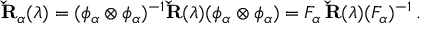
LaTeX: { \bf \check { R } } _ { \alpha } ( \lambda ) = ( \phi _ { \alpha } \otimes \phi _ { \alpha } ) ^ { - 1 } { \bf \check { R } } ( \lambda ) ( \phi _ { \alpha } \otimes \phi _ { \alpha } ) = F _ { \alpha } \, { \bf \check { R } } ( \lambda ) ( F _ { \alpha } ) ^ { - 1 } \, .